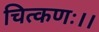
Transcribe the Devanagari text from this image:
चित्कणः।।